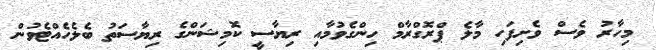
މިހާރު ވެސް ވެށިފަހި މާލެ ޕްރޮގްރާމް ހިންގެވުމާއި ރިޔާސީ ކޮމިޝަންގެ ރިޔާސަތު ބެލެހެއްޓެވުން